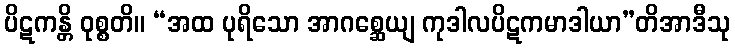
ပိဋကန္တိ ဝုစ္စတိ။ “အထ ပုရိသော အာဂစ္ဆေယျ ကုဒါလပိဋကမာဒါယာ”တိအာဒီသု